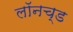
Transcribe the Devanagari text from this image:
लॉनच्ड